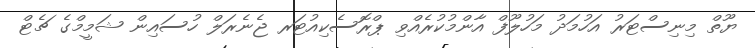
ޔޫތް މިނިސްޓަރު އަހުމަދު މަހުލޫފް އާންމުކުރެއްވި ޕްރޮސެކިއުޓަރ ޖެނެރަލް ހުސައިން ޝަމީމްގެ ޗެޓް